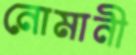
নোমানী